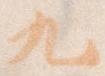
九